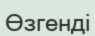
Өзгенді